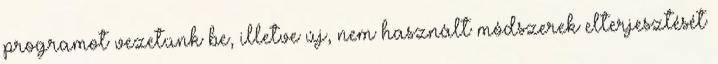
programot vezetünk be, illetve új, nem használt módszerek elterjesztését